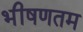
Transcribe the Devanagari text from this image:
भीषणतम